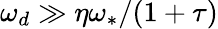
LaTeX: \omega_{d}\gg\eta\omega_{\ast}/(1+\tau)